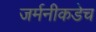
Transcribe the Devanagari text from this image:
जर्मनीकडेच